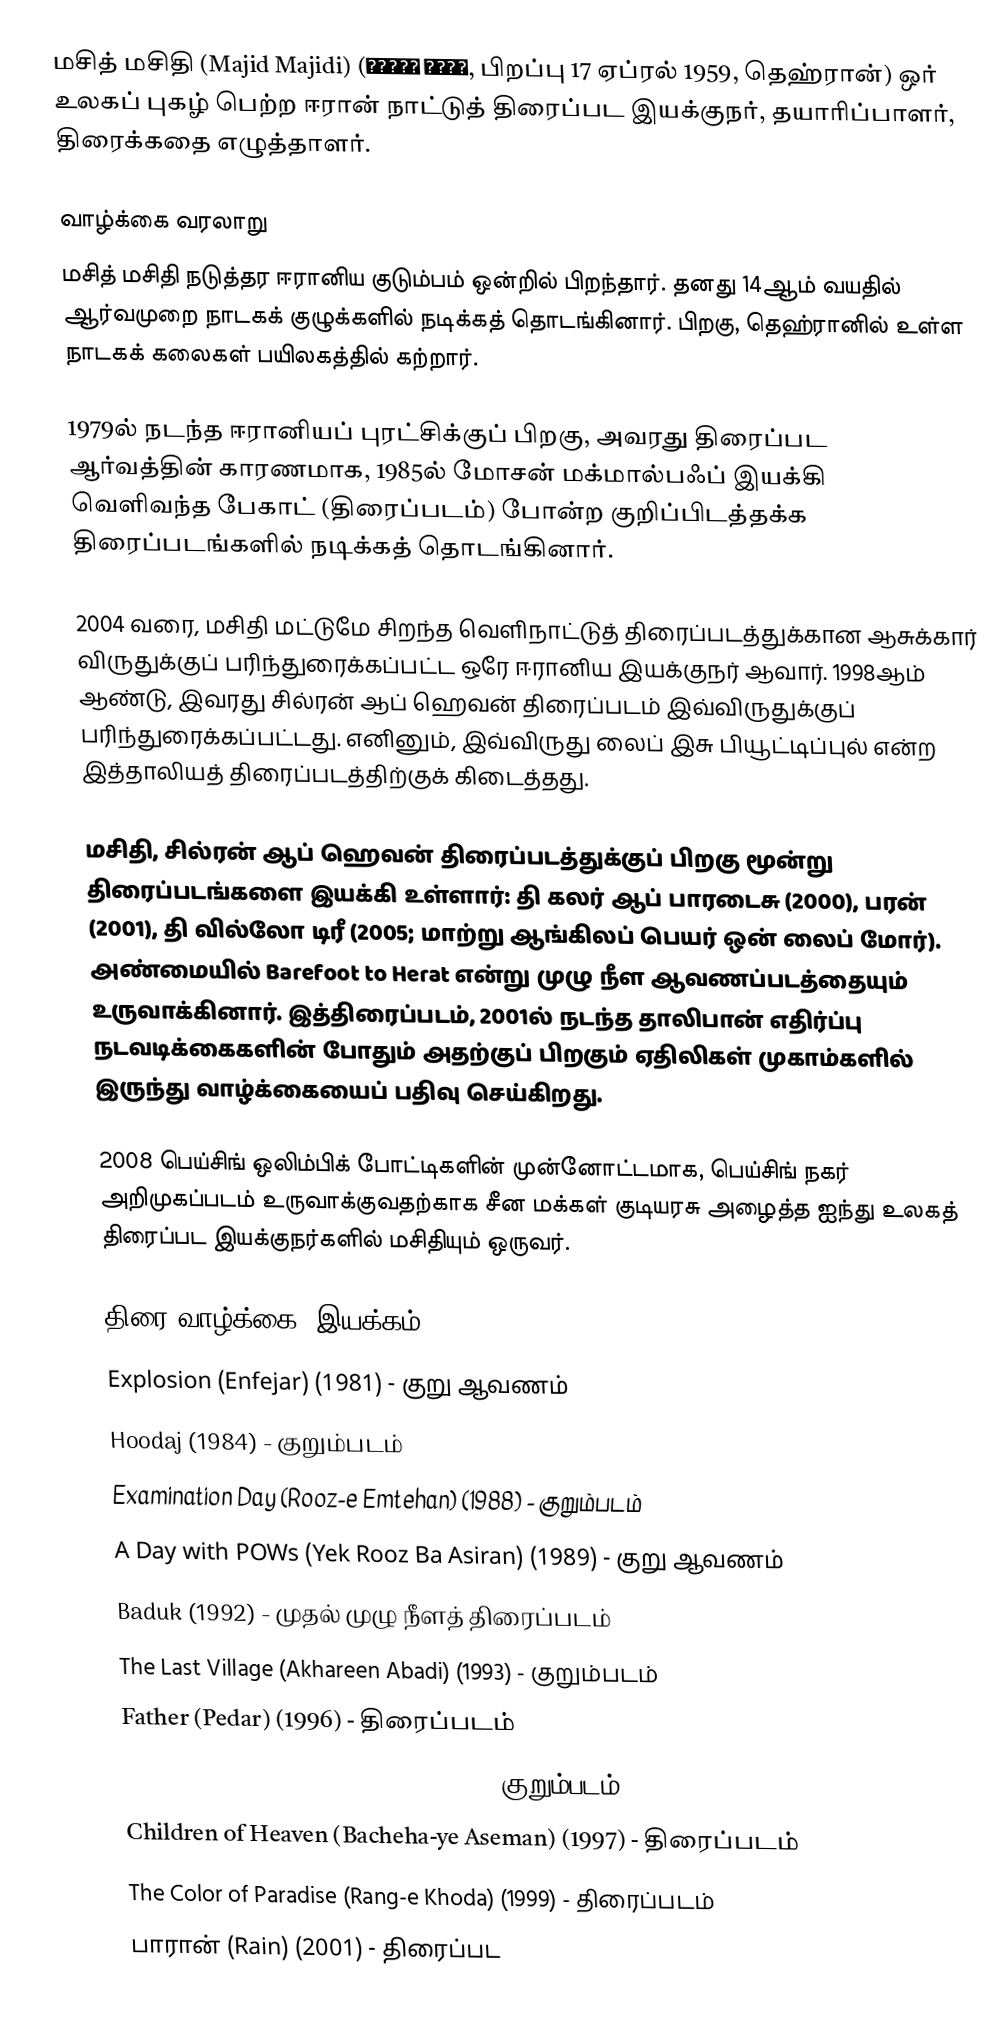
மசித் மசிதி (Majid Majidi) (مجید مجیدی, பிறப்பு 17 ஏப்ரல் 1959, தெஹ்ரான்) ஒர் உலகப் புகழ் பெற்ற ஈரான் நாட்டுத் திரைப்பட இயக்குநர், தயாரிப்பாளர், திரைக்கதை எழுத்தாளர்.

வாழ்க்கை வரலாறு
மசித் மசிதி நடுத்தர ஈரானிய குடும்பம் ஒன்றில் பிறந்தார். தனது 14ஆம் வயதில் ஆர்வமுறை நாடகக் குழுக்களில் நடிக்கத் தொடங்கினார். பிறகு, தெஹ்ரானில் உள்ள நாடகக் கலைகள் பயிலகத்தில் கற்றார்.

1979ல் நடந்த ஈரானியப் புரட்சிக்குப் பிறகு, அவரது திரைப்பட ஆர்வத்தின் காரணமாக, 1985ல் மோசன் மக்மால்பஃப் இயக்கி வெளிவந்த பேகாட் (திரைப்படம்) போன்ற குறிப்பிடத்தக்க திரைப்படங்களில் நடிக்கத் தொடங்கினார்.

2004 வரை, மசிதி மட்டுமே சிறந்த வெளிநாட்டுத் திரைப்படத்துக்கான ஆசுக்கார் விருதுக்குப் பரிந்துரைக்கப்பட்ட ஒரே ஈரானிய இயக்குநர் ஆவார். 1998ஆம் ஆண்டு, இவரது சில்ரன் ஆப் ஹெவன் திரைப்படம் இவ்விருதுக்குப் பரிந்துரைக்கப்பட்டது. எனினும், இவ்விருது லைப் இசு பியூட்டிப்புல் என்ற இத்தாலியத் திரைப்படத்திற்குக் கிடைத்தது.

மசிதி, சில்ரன் ஆப் ஹெவன் திரைப்படத்துக்குப் பிறகு மூன்று திரைப்படங்களை இயக்கி உள்ளார்: தி கலர் ஆப் பாரடைசு (2000), பரன் (2001), தி வில்லோ டிரீ (2005; மாற்று ஆங்கிலப் பெயர் ஒன் லைப் மோர்). அண்மையில் Barefoot to Herat என்று முழு நீள ஆவணப்படத்தையும் உருவாக்கினார். இத்திரைப்படம், 2001ல் நடந்த தாலிபான் எதிர்ப்பு நடவடிக்கைகளின் போதும் அதற்குப் பிறகும் ஏதிலிகள் முகாம்களில் இருந்து வாழ்க்கையைப் பதிவு செய்கிறது.

2008 பெய்சிங் ஒலிம்பிக் போட்டிகளின் முன்னோட்டமாக, பெய்சிங் நகர் அறிமுகப்படம் உருவாக்குவதற்காக சீன மக்கள் குடியரசு அழைத்த ஐந்து உலகத் திரைப்பட இயக்குநர்களில் மசிதியும் ஒருவர்.

திரை வாழ்க்கை: இயக்கம்
 Explosion (Enfejar) (1981) - குறு ஆவணம்
 Hoodaj (1984) - குறும்படம்
 Examination Day (Rooz-e Emtehan) (1988) - குறும்படம்
 A Day with POWs (Yek Rooz Ba Asiran) (1989) - குறு ஆவணம்
 Baduk (1992) - முதல் முழு நீளத் திரைப்படம்
 The Last Village (Akhareen Abadi) (1993) - குறும்படம்
 Father (Pedar) (1996) - திரைப்படம்
 God Will Come (Khoda Miayad) (1996) - குறும்படம்
 Children of Heaven (Bacheha-ye Aseman) (1997) - திரைப்படம்
 The Color of Paradise (Rang-e Khoda) (1999) - திரைப்படம்
 பாரான் (Rain) (2001) - திரைப்பட